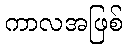
ကာလအဖြစ်